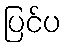
ပြင်ပ